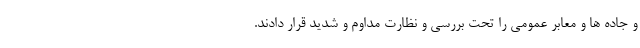
و جاده ها و معابر عمومی را تحت بررسی و نظارت مداوم و شدید قرار دادند.